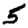
Digit: 5